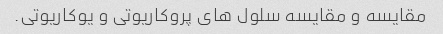
مقایسه و مقایسه سلول های پروکاریوتی و یوکاریوتی.